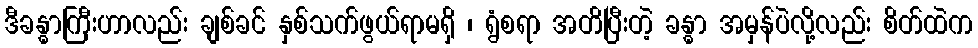
ဒီခန္ဓာကြီးဟာလည်း ချစ်ခင် နှစ်သက်ဖွယ်ရာမရှိ ၊ ရွံစရာ အတိပြီးတဲ့ ခန္ဓာ အမှန်ပဲလို့လည်း စိတ်ထဲက